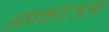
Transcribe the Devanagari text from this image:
अप्रकटतता